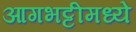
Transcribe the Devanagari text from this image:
आगभट्टीमध्ये